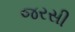
જરસી